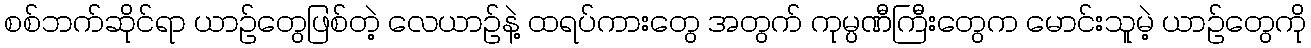
စစ်ဘက်ဆိုင်ရာ ယာဉ်တွေဖြစ်တဲ့ လေယာဉ်နဲ့ ထရပ်ကားတွေ အတွက် ကုမ္ပဏီကြီးတွေက မောင်းသူမဲ့ ယာဉ်တွေကို